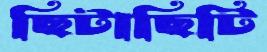
ছিটাছিটি